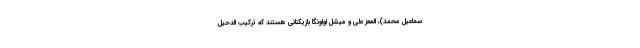
سماعیل محمد)، المعز علی و میشل اولونگا بازیکنانی هستند که ترکیب الدحیل